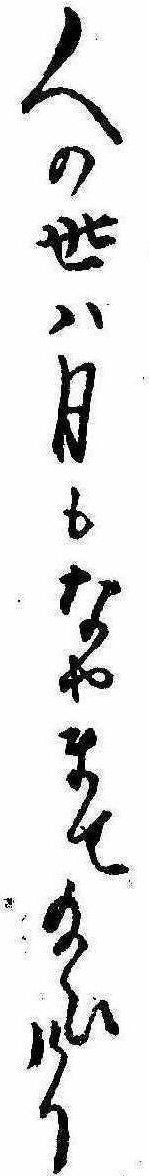
人の世は月もなやませ給ひけり